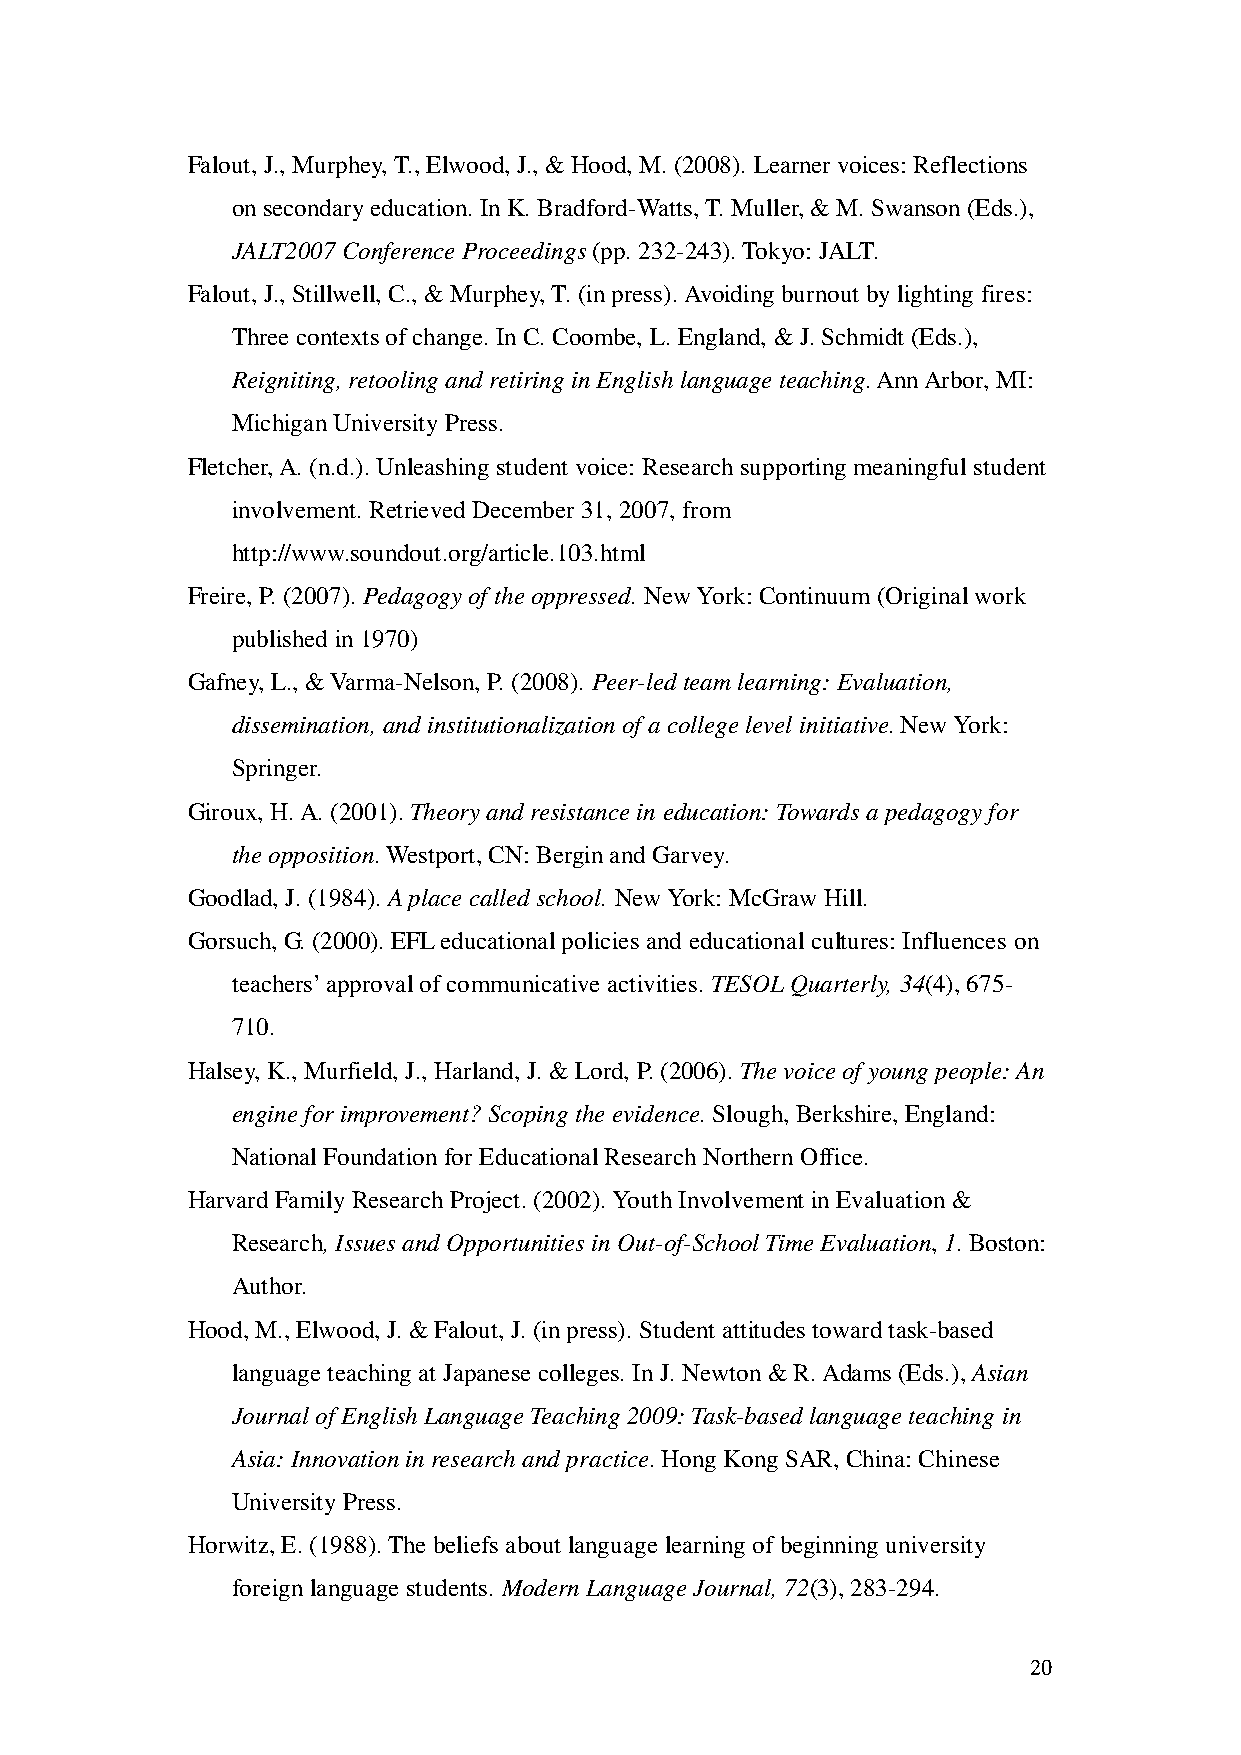
Falout, J., Murphey, T., Elwood, J., & Hood, M. (2008). Learner voices: Reflections
 on secondary education. In K. Bradford-Watts, T. Muller, & M. Swanson (Eds.),
 JALT2007 Conference Proceedings (pp. 232-243). Tokyo: JALT.
 Falout, J., Stillwell, C., & Murphey, T. (in press). Avoiding burnout by lighting fires:
 Three contexts of change. In C. Coombe, L. England, & J. Schmidt (Eds.),
 Reigniting, retooling and retiring in English language teaching. Ann Arbor, MI:
 Michigan University Press.
 Fletcher, A. (n.d.). Unleashing student voice: Research supporting meaningful student
 involvement. Retrieved December 31, 2007, from
 http://www.soundout.org/article.103.html
 Freire, P. (2007). Pedagogy of the oppressed. New York: Continuum (Original work
 published in 1970)
 Gafney, L., & Varma-Nelson, P. (2008). Peer-led team learning: Evaluation,
 dissemination, and institutionalization of a college level initiative. New York:
 Springer.
 Giroux, H. A. (2001). Theory and resistance in education: Towards a pedagogy for
 the opposition. Westport, CN: Bergin and Garvey.
 Goodlad, J. (1984). A place called school. New York: McGraw Hill.
 Gorsuch, G. (2000). EFL educational policies and educational cultures: Influences on
 teachers’ approval of communicative activities. TESOL Quarterly, 34(4), 675-
 710.
 Halsey, K., Murfield, J., Harland, J. & Lord, P. (2006). The voice of young people: An
 engine for improvement? Scoping the evidence. Slough, Berkshire, England:
 National Foundation for Educational Research Northern Office.
 Harvard Family Research Project. (2002). Youth Involvement in Evaluation &
 Research, Issues and Opportunities in Out-of-School Time Evaluation, 1. Boston:
 Author.
 Hood, M., Elwood, J. & Falout, J. (in press). Student attitudes toward task-based
 language teaching at Japanese colleges. In J. Newton & R. Adams (Eds.), Asian
 Journal of English Language Teaching 2009: Task-based language teaching in
 Asia: Innovation in research and practice. Hong Kong SAR, China: Chinese
 University Press.
 Horwitz, E. (1988). The beliefs about language learning of beginning university
 foreign language students. Modern Language Journal, 72(3), 283-294.
 20